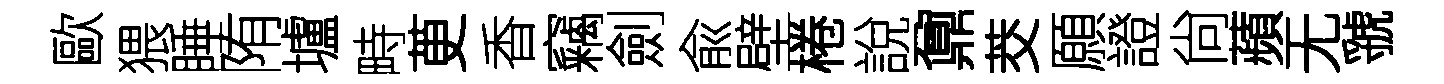
歐猥睡陏壚畤茰香竊劍兪壁棬說鼐茭願證尙蘋无虢